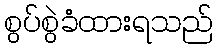
စွပ်စွဲခံထားရသည်